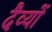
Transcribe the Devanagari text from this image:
दैव्यों